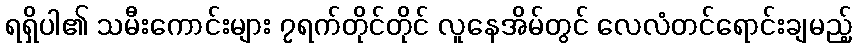
ရရှိပါ၏ သမီးကောင်းများ ၇ရက်တိုင်တိုင် လူနေအိမ်တွင် လေလံတင်ရောင်းချမည့်